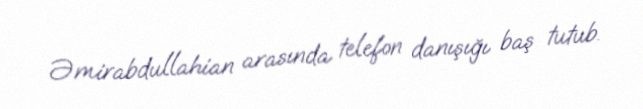
Əmirabdullahian arasında telefon danışığı baş tutub.